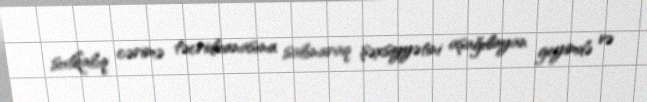
sutkalıq cərimə təcridxanasına salınaraq şəxsiyyətini aşağılayan geyimdə və